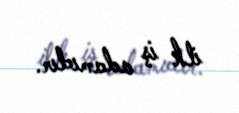
ilk iş adamıdır.